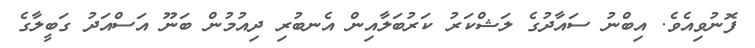
ފޮނުވިއެވެ. އިބްނު ސައާދުގެ ލަޝްކަރު ކަރުބަލާއިން އެނބުރި ދިއުމުން ބަނޫ އަސްއަދު ގަބީލާގެ